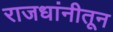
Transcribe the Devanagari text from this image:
राजधांनीतून